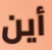
أين